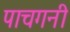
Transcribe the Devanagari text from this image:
पाचगनी